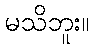
မသိဘူး။